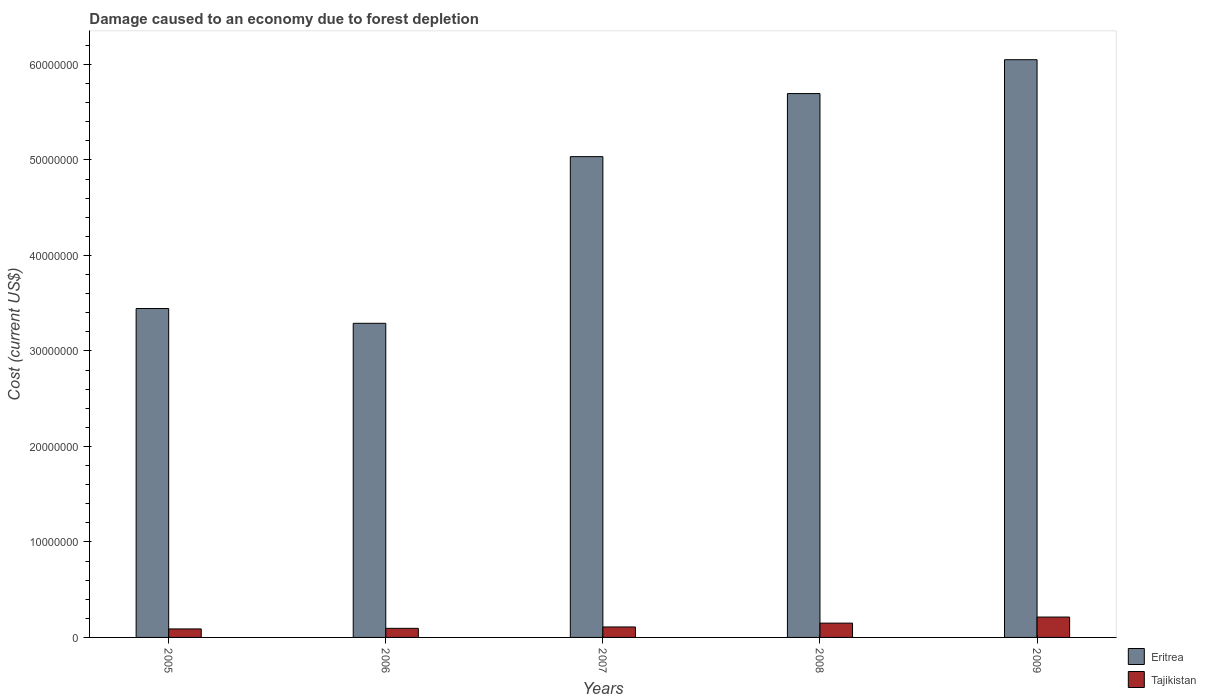
| Years | Eritrea | Tajikistan |
 | --- | --- | --- |
 | 2005 | 3.44e+07 | 8.9e+05 |
 | 2006 | 3.29e+07 | 9.51e+05 |
 | 2007 | 5.03e+07 | 1.1e+06 |
 | 2008 | 5.7e+07 | 1.5e+06 |
 | 2009 | 6.05e+07 | 2.13e+06 |